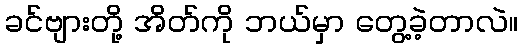
ခင်ဗျားတို့ အိတ်ကို ဘယ်မှာ တွေ့ခဲ့တာလဲ။